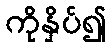
ကိုနှိပ်၍